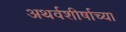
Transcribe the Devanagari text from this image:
अथर्वशीर्षाच्या